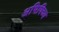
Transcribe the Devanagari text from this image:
अभिषिच्य